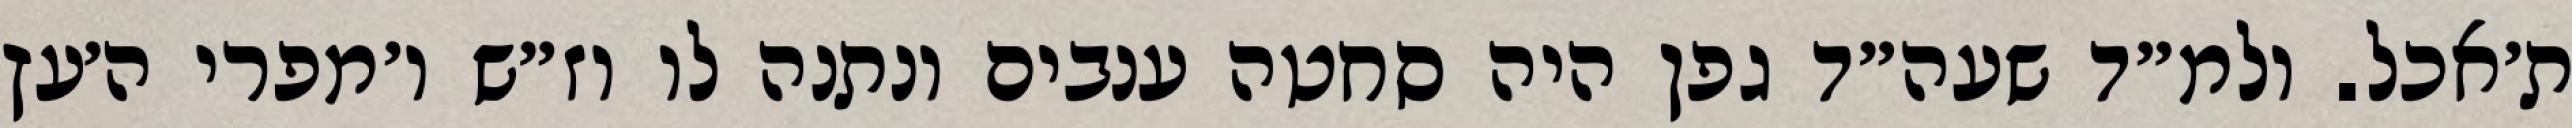
ת׳אכל. ולמ״ד שעה״ד גפן היה סחטה ענבים ונתנה לו וז״ש ו׳מפרי ה׳עץ